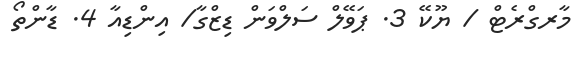
މާރގްރެޓް / ޔޫކޭ 3. ޕަވޭލް ސަލްވަން ޑިޒްގާ/ އިންޑިއާ 4. ޑާންތޯ